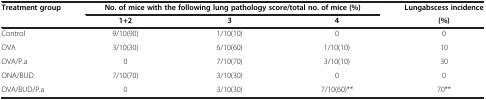
| Treatment group | <COLSPAN=3> No. of mice with the following lung pathology score/total no. of mice (%) | Lungabscess incidence |
 |  | 1+2 | 3 | 4 | (%) |
 | --- | --- | --- | --- | --- |
 | Control | 9/10(90) | 1/10(10) | 0 | 0 |
 | OVA | 3/10(30) | 6/10(60) | 1/10(10) | 10 |
 | OVA/P.a | 0 | 7/10(70) | 3/10(10) | 30 |
 | ONA/BUD | 7/10(70) | 3/10(30) | 0 | 0 |
 | OVA/BUD/P.a | 0 | 3/10(30) | 7/10(60)** | 70** |